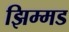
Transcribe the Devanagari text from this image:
झिम्मड